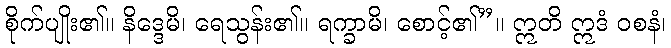
စိုက်ပျိုး၏။ နိဒ္ဒေမိ၊ ရေသွန်း၏။ ရက္ခာမိ၊ စောင့်၏”။ ဣတိ ဣဒံ ဝစနံ၊